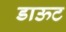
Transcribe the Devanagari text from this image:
डाऊट